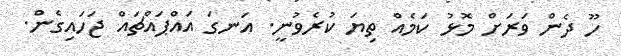
ހޫ ދެން ވަރަށް މޮޅު ކަމެއް ތިޔަ ކުރެވުނީ. އަނގަ އައްޕައްޗައް ޖަހައިގެން.